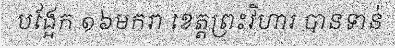
បង្អែក ១៦មករា ខេត្តព្រះវិហារ បានទាន់